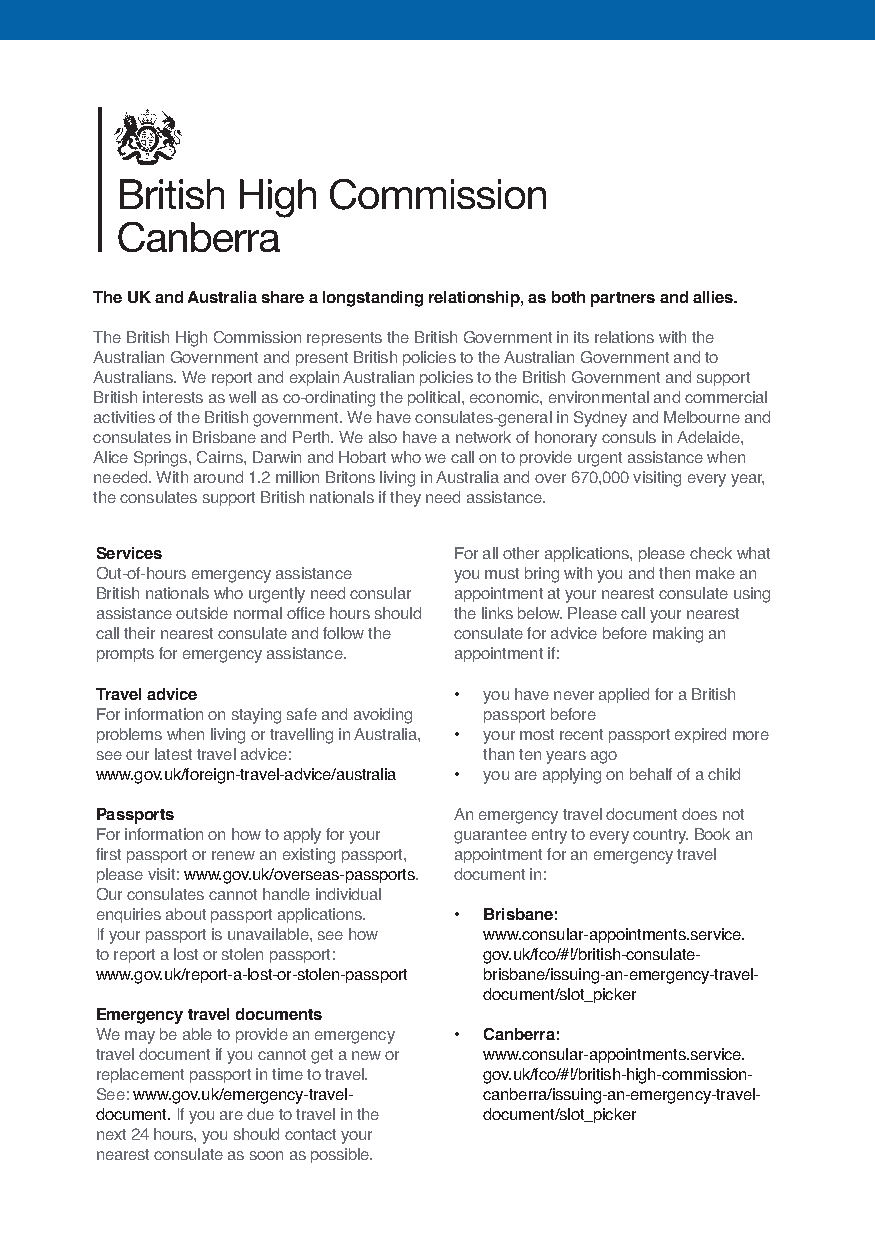
The UK and Australia share a longstanding relationship, as both partners and allies.
 The British High Commission represents the British Government in its relations with the
 Australian Government and present British policies to the Australian Government and to
 Australians. We report and explain Australian policies to the British Government and support
 British interests as well as co-ordinating the political, economic, environmental and commercial
 activities of the British government. We have consulates-general in Sydney and Melbourne and
 consulates in Brisbane and Perth. We also have a network of honorary consuls in Adelaide,
 Alice Springs, Cairns, Darwin and Hobart who we call on to provide urgent assistance when
 needed. With around 1.2 million Britons living in Australia and over 670,000 visiting every year,
 the consulates support British nationals if they need assistance.
 Services                For all other applications, please check what
 Out-of-hours emergency assistance you must bring with you and then make an
 British nationals who urgently need consular appointment at your nearest consulate using
 assistance outside normal office hours should the links below. Please call your nearest
 call their nearest consulate and follow the consulate for advice before making an
 prompts for emergency assistance. appointment if:
 Travel advice           • you have never applied for a British
 For information on staying safe and avoiding passport before
 problems when living or travelling in Australia, • your most recent passport expired more
 see our latest travel advice: than ten years ago
 www.gov.uk/foreign-travel-advice/australia • you are applying on behalf of a child
 Passports               An emergency travel document does not
 For information on how to apply for your guarantee entry to every country. Book an
 first passport or renew an existing passport, appointment for an emergency travel
 please visit: www.gov.uk/overseas-passports. document in:
 Our consulates cannot handle individual
 enquiries about passport applications. • Brisbane:
 If your passport is unavailable, see how www.consular-appointments.service.
 to report a lost or stolen passport: gov.uk/fco/#!/british-consulate-
 www.gov.uk/report-a-lost-or-stolen-passport brisbane/issuing-an-emergency-travel-
 document/slot_picker
 Emergency travel documents
 We may be able to provide an emergency • Canberra:
 travel document if you cannot get a new or www.consular-appointments.service.
 replacement passport in time to travel. gov.uk/fco/#!/british-high-commission-
 See: www.gov.uk/emergency-travel- canberra/issuing-an-emergency-travel-
 document.If you are due to travel in the document/slot_picker
 next 24 hours, you should contact your
 nearest consulate as soon as possible.